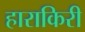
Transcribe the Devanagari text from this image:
हाराकिरी